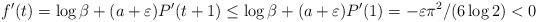
LaTeX: \begin{align*}f^\prime(t) = \log\beta + (a + \varepsilon)P^\prime(t+1) \leq \log\beta + (a + \varepsilon)P^\prime(1) = -\varepsilon\pi^2/(6\log 2)<0\end{align*}